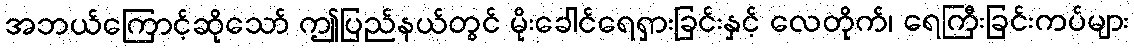
အဘယ်ကြောင့်ဆိုသော် ဤပြည်နယ်တွင် မိုးခေါင်ရေရှားခြင်းနှင့် လေတိုက်၊ ရေကြီးခြင်းကပ်များ